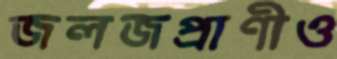
জলজপ্রাণীও